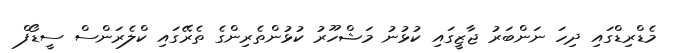
މެޑްރިޑްގައި ދިހަ ނަންބަރު ޖާޒީގައި ކުޅުނު މަޝްހޫރު ކުޅުންތެރިންގެ ތެރޭގައި ކްލެރަންސް ސީޑޯފް